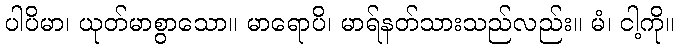
ပါပိမာ၊ ယုတ်မာစွာသော။ မာရောပိ၊ မာရ်နတ်သားသည်လည်း။ မံ၊ ငါ့ကို။